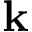
\mathbf { k }